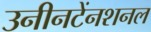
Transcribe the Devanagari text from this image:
उनीनटेंनशनल